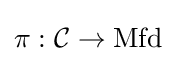
\pi :{\mathcal {C}}\to \mathrm {Mfd}